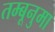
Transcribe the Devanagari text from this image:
तम्बूनुमा